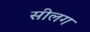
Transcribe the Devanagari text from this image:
सीलग